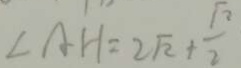
\angle A H = 2 \sqrt { 2 } + \frac { \sqrt { 2 } } { 2 }